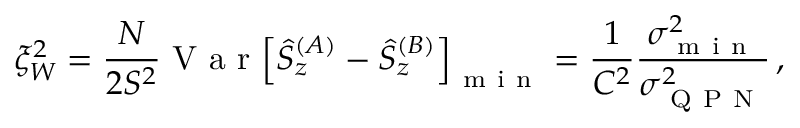
\xi _ { W } ^ { 2 } = \frac { N } { 2 S ^ { 2 } } \mathrm { ~ V ~ a ~ r ~ } { \left[ \hat { S } _ { z } ^ { ( A ) } - \hat { S } _ { z } ^ { ( B ) } \right] } _ { \mathrm { ~ m ~ i ~ n ~ } } = \frac { 1 } { C ^ { 2 } } \frac { \sigma _ { \mathrm { ~ m ~ i ~ n ~ } } ^ { 2 } } { \sigma _ { \mathrm { ~ Q ~ P ~ N ~ } } ^ { 2 } } \, ,